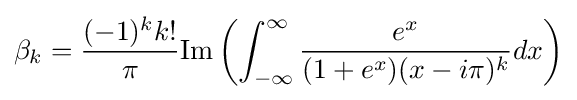
\beta _{k}={\frac {(-1)^{k}k!}{\pi }}{\text{Im}}\left(\int _{-\infty }^{\infty }{\frac {e^{x}}{(1+e^{x})(x-i\pi )^{k}}}dx\right)